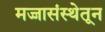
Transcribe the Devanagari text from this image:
मज्जासंस्थेतून